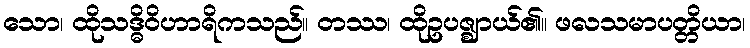
သော၊ ထိုသဒ္ဓိဝိဟာရိကသည်။ တဿ၊ ထိုဥပဇ္ဈာယ်၏။ ဖလသမာပတ္တိယာ၊